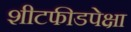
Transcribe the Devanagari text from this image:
शीटफीडपेक्षा